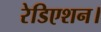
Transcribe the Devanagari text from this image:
रेडिएशन।